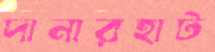
দানারহাট